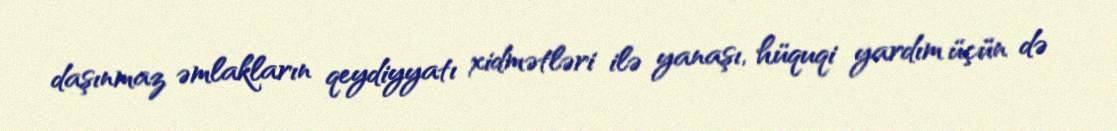
daşınmaz əmlakların qeydiyyatı xidmətləri ilə yanaşı, hüquqi yardım üçün də